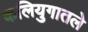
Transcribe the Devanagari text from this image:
कलियुगातले